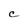
Character: C